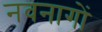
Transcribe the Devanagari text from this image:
नवनागों